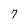
Character: 7